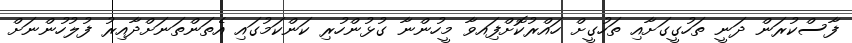
ފާސްކުރަން ދަނީ ތަހުގީގަށާއި ތަހުގީށް ހައްރުކޮށްފަިއވާ މީހުންނާ ގުޅުންހުރި ކަންކަމުގައި އެތަންތަނަށްދާއިރު ފުލުހުންނަށް